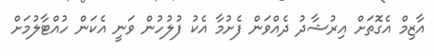
އާޒިމް އެގޮތަށް އިރުޝާދު ދެއްވަން ފެށުމާ އެކު ފުލުހުން ވަނީ އެކަން ހުއްޓާލުމަށް